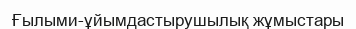
Ғылыми-ұйымдастырушылық жұмыстары